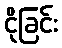
ငိုခြင်း